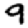
Digit: 9